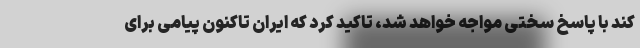
کند با پاسخ سختی مواجه خواهد شد، تاکید کرد که ایران تاکنون پیامی برای